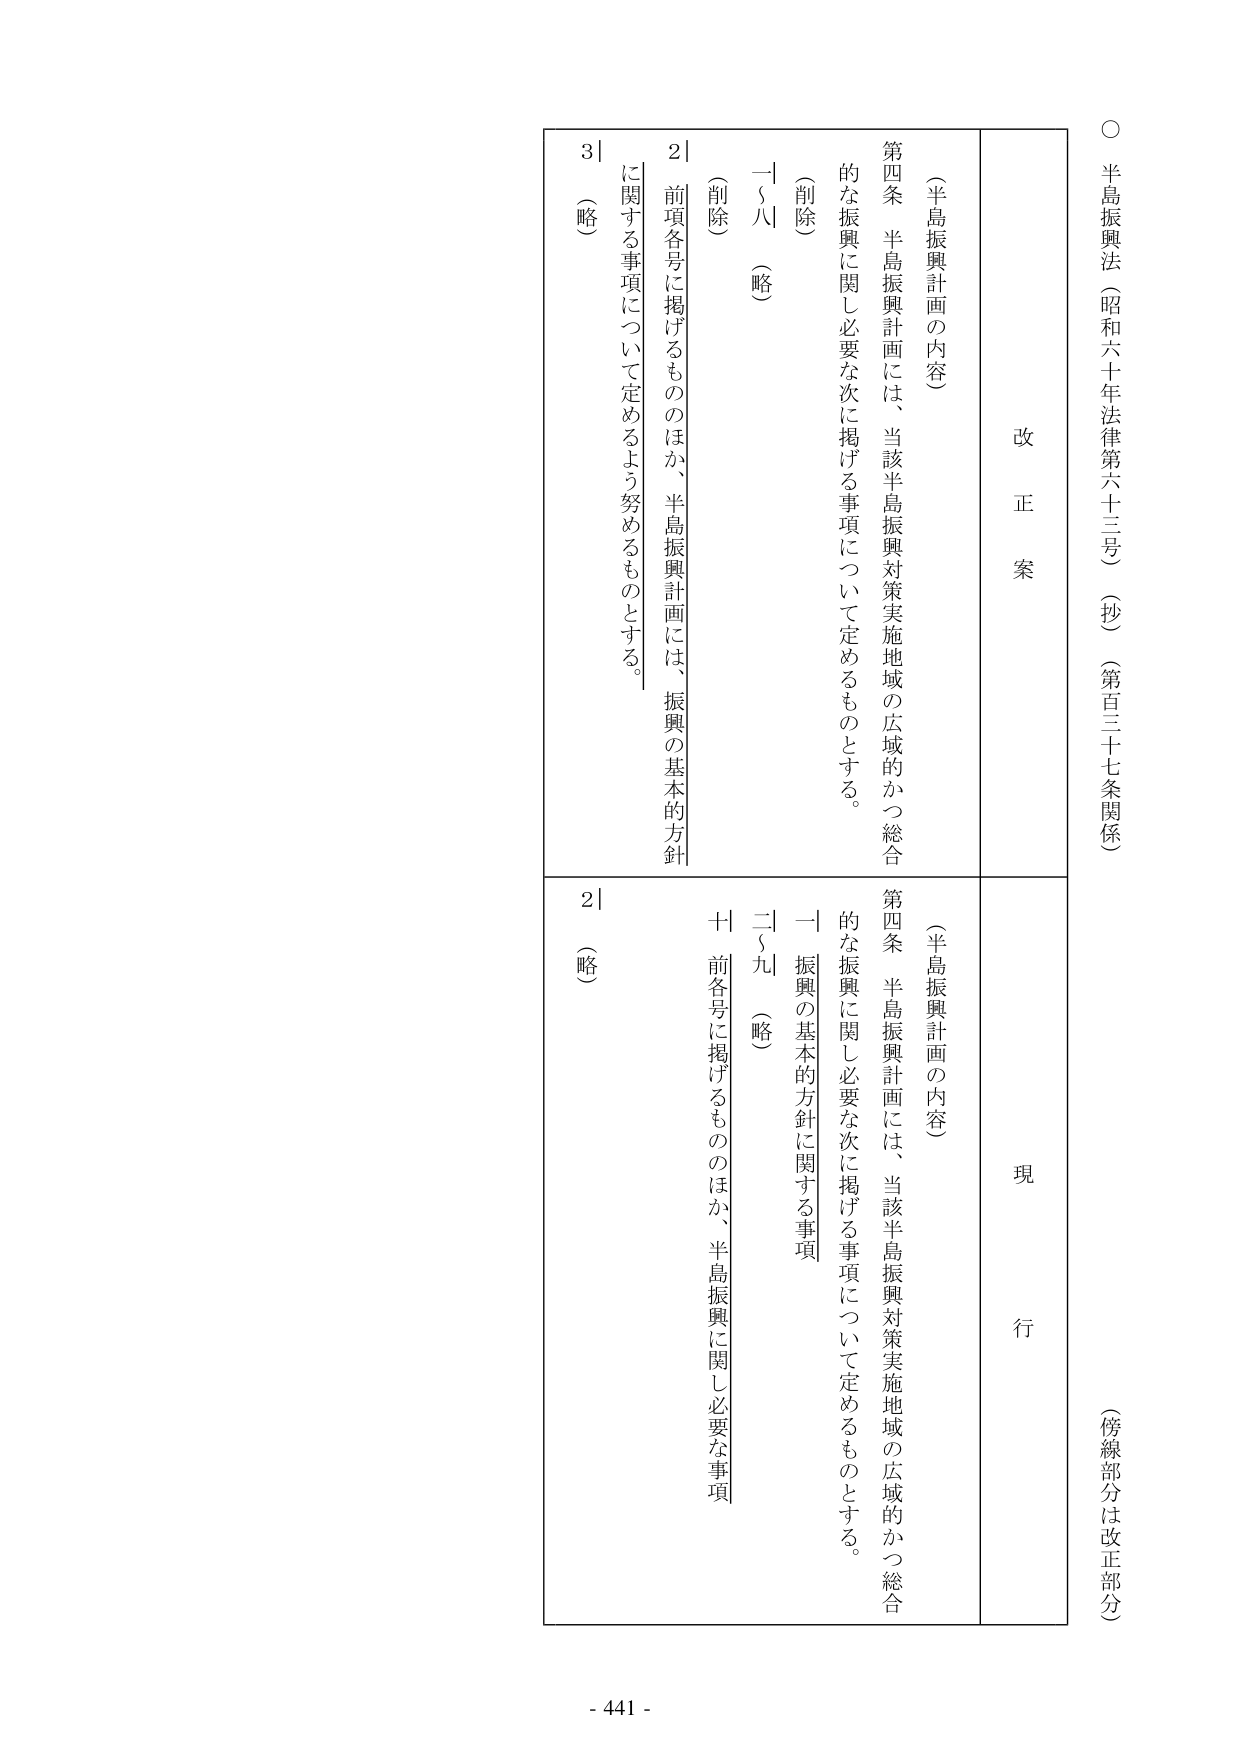
○ 半島振興法（昭和六十年法律第六十三号）（抄）（第百三十七条関係）
（傍線部分は改正部分）

改正案
（半島振興計画の内容）
第四条 半島振興計画には、当該半島振興対策実施地域の広域的かつ総合的な振興に関し必要な次に掲げる事項について定めるものとする。
（削除）
一～八 （略）
２ 前項各号に掲げるもののほか、半島振興計画には、振興の基本的方針に関する事項について定めるよう努めるものとする。
３ （略）

現行
（半島振興計画の内容）
第四条 半島振興計画には、当該半島振興対策実施地域の広域的かつ総合的な振興に関し必要な次に掲げる事項について定めるものとする。
一 振興の基本的方針に関する事項
二～九 （略）
十 前各号に掲げるもののほか、半島振興に関し必要な事項
２ （略）

- 441 -